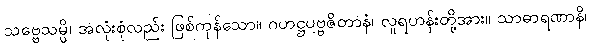
သဗ္ဗေသမ္ပိ၊ အလုံးစုံလည်း ဖြစ်ကုန်သော။ ဂဟဋ္ဌပဗ္ဗဇိတာနံ၊ လူရဟန်းတို့အား။ သာဓာရဏာနိ၊